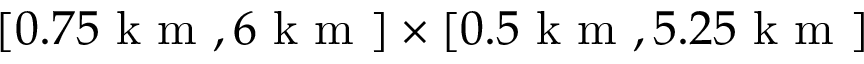
[ 0 . 7 5 \mathrm { ~ k ~ m ~ } , 6 \mathrm { ~ k ~ m ~ } ] \times [ 0 . 5 \mathrm { ~ k ~ m ~ } , 5 . 2 5 \mathrm { ~ k ~ m ~ } ]